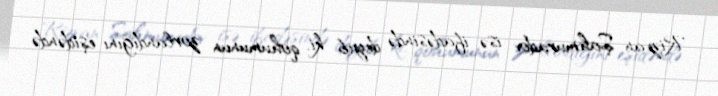
Rizvan Şahmuradov isə ifadəsində deyib ki, qohumunun zorlandığını eşidəndə